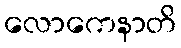
လောကေနာတိ